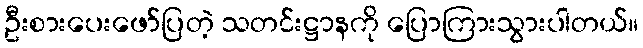
ဦးစားပေးဖော်ပြတဲ့ သတင်းဋ္ဌာနကို ပြောကြားသွားပါတယ်။